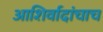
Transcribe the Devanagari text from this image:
आशिर्वादांचाच